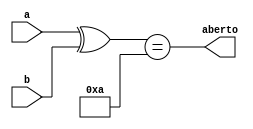
module cadeado(
    output aberto,
    input [3:0] a,
    input [3:0] b
);

    assign aberto = (a ^ b) == 4'hA;

endmodule